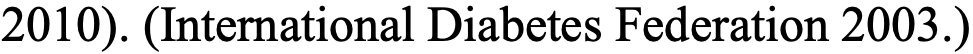
2010). (International Diabetes Federation 2003.)